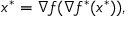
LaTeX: x ^ { * } = \nabla f ( \nabla f ^ { * } ( x ^ { * } ) ) ,